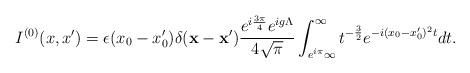
LaTeX: \begin{align*}I^{(0)}(x,x')=\epsilon(x_0-x'_0)\delta({\bf x-x'})\frac{e^{i\frac{3\pi}{4}}e^{ig\Lambda}}{4\sqrt{\pi}}\int_{e^{i\pi}\infty}^{\infty}t^{-\frac{3}{2}}e^{-i(x_0-x'_0)^2 t}dt.\end{align*}